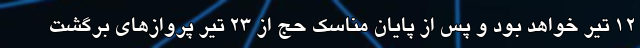
۱۲ تیر خواهد بود و پس از پایان مناسک حج از ۲۳ تیر پرواز‌های برگشت